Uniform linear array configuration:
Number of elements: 16
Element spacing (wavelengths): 0.75
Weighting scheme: uniform
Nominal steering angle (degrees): -45
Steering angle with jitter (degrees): -44.674
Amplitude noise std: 0.05
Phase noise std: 0.05

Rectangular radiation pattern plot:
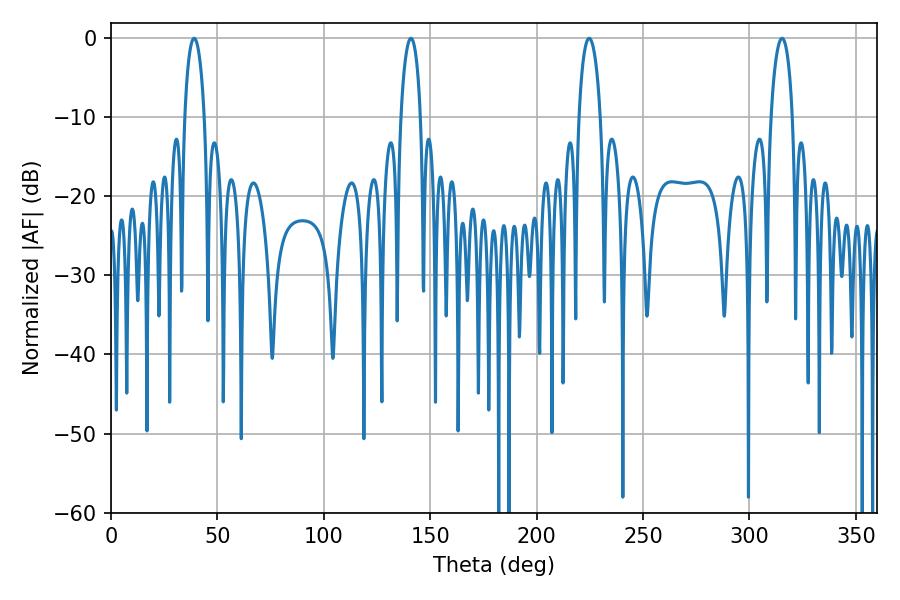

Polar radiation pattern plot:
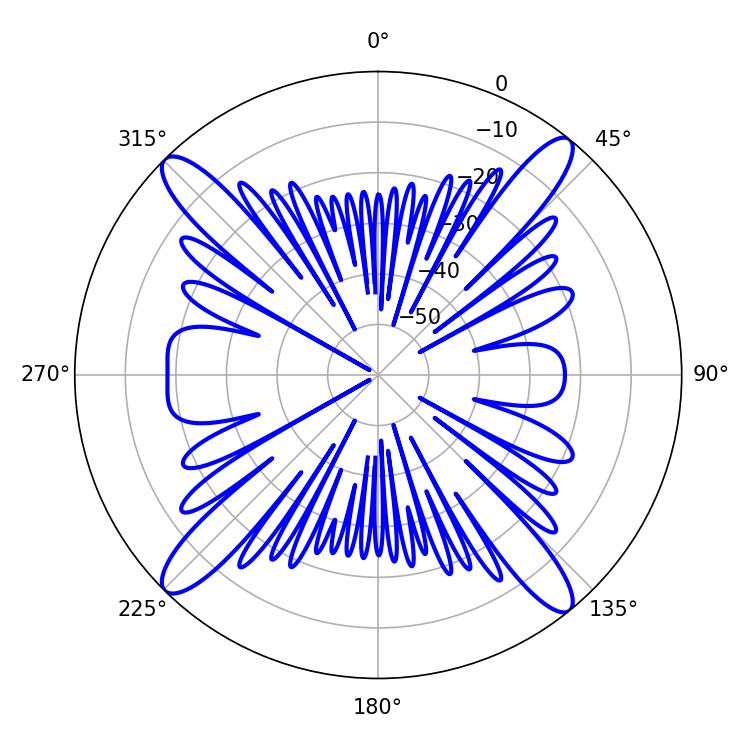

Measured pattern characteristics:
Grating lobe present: TRUE
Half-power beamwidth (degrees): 5.22
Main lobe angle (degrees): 39.06